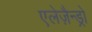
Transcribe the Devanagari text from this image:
एलेज़ैन्ड्रो